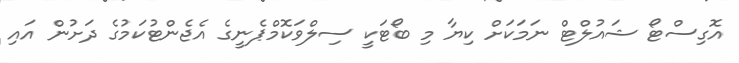
އޮގިސްޓޯ ޝައުލްޓް ނަމަކަށް ކިޔާ މި ބޯޓަކީ ސިލްވަކޮމްޕެނީގެ އެޖެންޓުކަމުގެ ދަށުން އައި